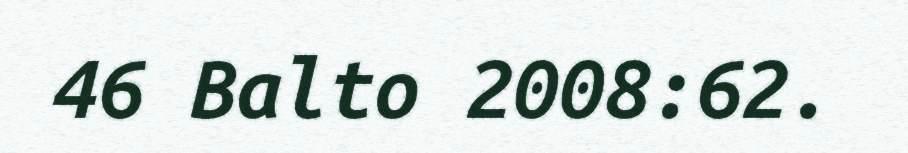
46 Balto 2008:62.